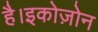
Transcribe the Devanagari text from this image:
है।इकोज़ोन